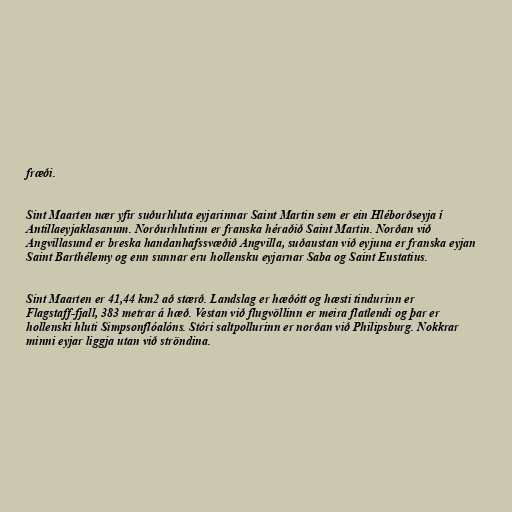
fræði.

Sint Maarten nær yfir suðurhluta eyjarinnar Saint Martin sem er ein Hléborðseyja í
Antillaeyjaklasanum. Norðurhlutinn er franska héraðið Saint Martin. Norðan við
Angvillasund er breska handanhafssvæðið Angvilla, suðaustan við eyjuna er franska eyjan
Saint Barthélemy og enn sunnar eru hollensku eyjarnar Saba og Saint Eustatius.

Sint Maarten er 41,44 km2 að stærð. Landslag er hæðótt og hæsti tindurinn er
Flagstaff-fjall, 383 metrar á hæð. Vestan við flugvöllinn er meira flatlendi og þar er
hollenski hluti Simpsonflóalóns. Stóri saltpollurinn er norðan við Philipsburg. Nokkrar
minni eyjar liggja utan við ströndina.